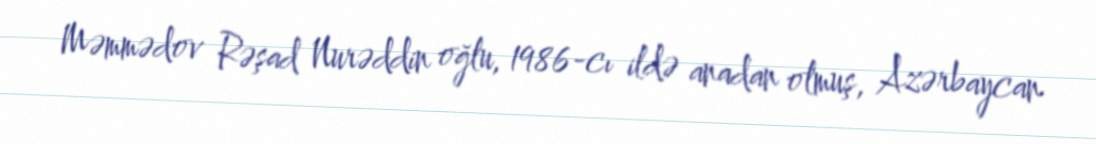
Məmmədov Rəşad Nurəddin oğlu, 1986-cı ildə anadan olmuş, Azərbaycan